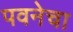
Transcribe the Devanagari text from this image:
पवनेचा